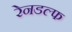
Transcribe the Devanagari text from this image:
रेनडल्फ